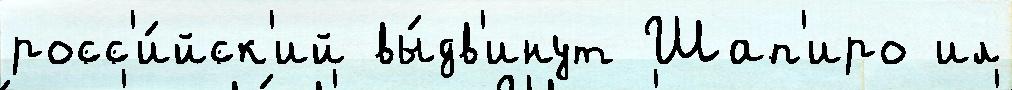
росс'и́йск'ий вы́дв'инут Шап'иро ил